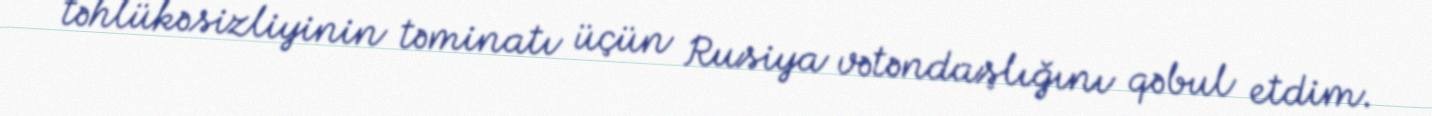
təhlükəsizliyinin təminatı üçün Rusiya vətəndaşlığını qəbul etdim.